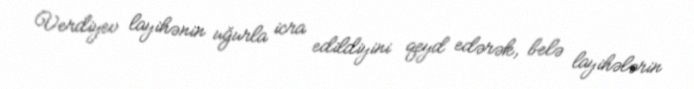
Verdiyev layihənin uğurla icra edildiyini qeyd edərək, belə layihələrin